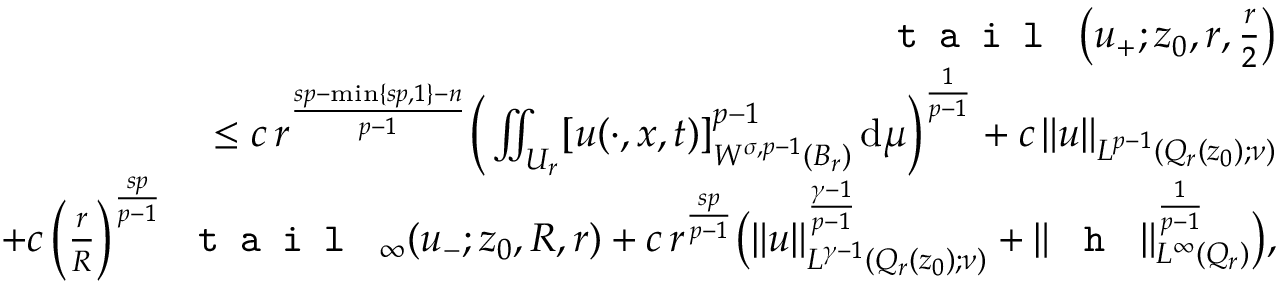
\begin{array} { r l r } & { } & { \textup { \texttt { t a i l } } \big ( u _ { + } ; z _ { 0 } , r , \frac { r } { 2 } \big ) } \\ & { } & { \quad \le c \, r ^ { \frac { s p - \operatorname* { m i n } \{ s p , 1 \} - n } { p - 1 } } \Big ( \iint _ { U _ { r } } [ u ( \cdot , x , t ) ] _ { W ^ { \sigma , p - 1 } ( B _ { r } ) } ^ { p - 1 } \, \mathrm { d } \mu \Big ) ^ { \frac { 1 } { p - 1 } } + c \, \| u \| _ { L ^ { p - 1 } ( Q _ { r } ( z _ { 0 } ) ; \nu ) } } \\ & { } & { \qquad + c \, \Big ( \frac { r } { R } \Big ) ^ { \frac { s p } { p - 1 } } \textup { \texttt { t a i l } } _ { \infty } ( u _ { - } ; z _ { 0 } , R , r ) + c \, r ^ { \frac { s p } { p - 1 } } \big ( \| u \| _ { L ^ { \gamma - 1 } ( Q _ { r } ( z _ { 0 } ) ; \nu ) } ^ { \frac { \gamma - 1 } { p - 1 } } + \| \textup { \texttt { h } } \| _ { L ^ { \infty } ( Q _ { r } ) } ^ { \frac { 1 } { p - 1 } } \big ) , } \end{array}